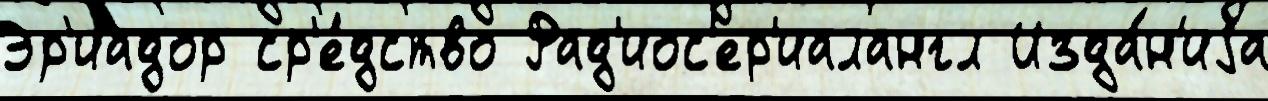
Эр'иадор ср'е́дство Рад'иос'ер'иалангл Изда́н'иjа